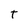
Character: t